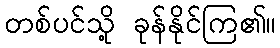
တစ်ပင်သို့ ခုန်နိုင်ကြ၏။